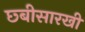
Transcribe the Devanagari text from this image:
छ्बीसारखी